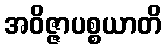
အဝိဇ္ဇာပစ္စယာတိ